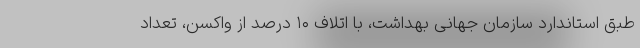
طبق استاندارد سازمان جهانی بهداشت، با اتلاف ۱۰ درصد از واکسن، تعداد